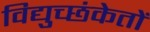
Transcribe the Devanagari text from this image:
विद्युच्छंकेतों